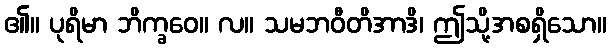
၏။ ပုရိမာ ဘိက္ခဝေ။ လ။ သမဘဝီတိအာဒိ၊ ဤသို့အစရှိသော။